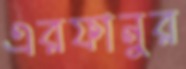
এরফানুর